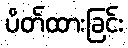
ပိတ်ထားခြင်း